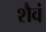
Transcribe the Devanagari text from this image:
शैवं